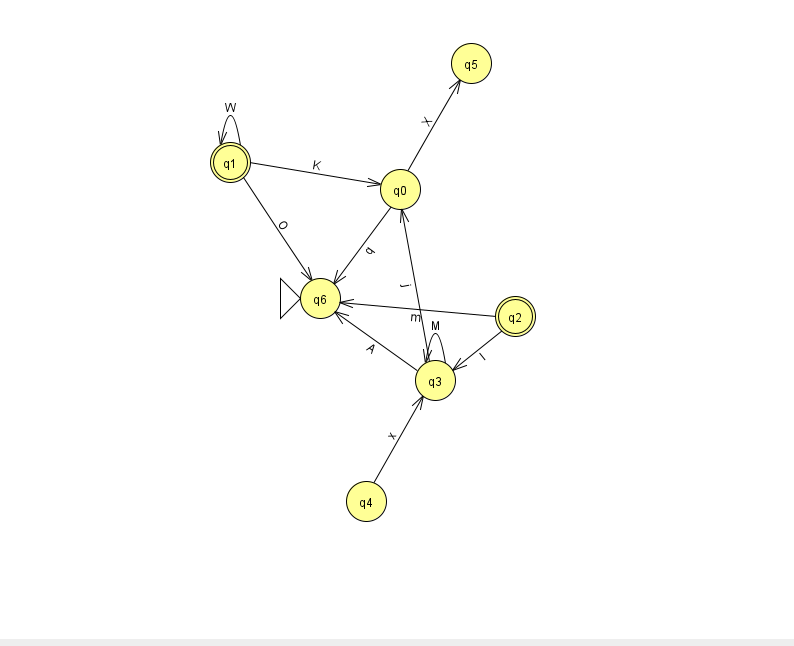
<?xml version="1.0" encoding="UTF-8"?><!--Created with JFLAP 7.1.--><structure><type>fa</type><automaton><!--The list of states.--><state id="0" name="q0"><x>400.0</x><y>176.0</y></state><state id="1" name="q1"><x>230.0</x><y>149.0</y><final/></state><state id="2" name="q2"><x>515.0</x><y>303.0</y><final/></state><state id="3" name="q3"><x>435.0</x><y>367.0</y></state><state id="4" name="q4"><x>366.0</x><y>488.0</y></state><state id="5" name="q5"><x>471.0</x><y>50.0</y></state><state id="6" name="q6"><x>320.0</x><y>285.0</y><initial/></state><!--The list of transitions.--><transition><from>2</from><to>3</to><read>l</read></transition><transition><from>2</from><to>6</to><read>m</read></transition><transition><from>3</from><to>6</to><read>A</read></transition><transition><from>4</from><to>3</to><read>x</read></transition><transition><from>1</from><to>0</to><read>K</read></transition><transition><from>1</from><to>1</to><read>W</read></transition><transition><from>3</from><to>0</to><read>j</read></transition><transition><from>0</from><to>5</to><read>X</read></transition><transition><from>0</from><to>6</to><read>q</read></transition><transition><from>1</from><to>6</to><read>O</read></transition><transition><from>3</from><to>3</to><read>M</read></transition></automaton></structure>